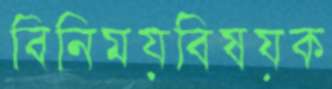
বিনিময়বিষয়ক